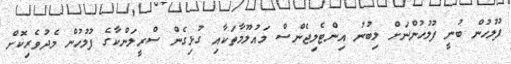
ފުލުހުން ބުނީ ފުލުހުންނަށް ލިބުނު އިންޓެލިޖެންސް މައުލޫމާތަކާއި ގުޅިގެން ސްރީލަންކާގެ ފުލުހުން މެދުވެރިކޮށް